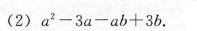
(2)$$a ^ { 2 } - 3 a - a b + 3 b$$。